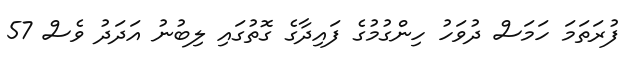
ފުރަތަމަ ހަމަސް ދުވަހު ހިންގުމުގެ ފައިދާގެ ގޮތުގައި ލިބުނު އަދަދު ވެސް 57